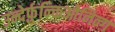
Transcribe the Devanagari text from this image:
उन्देर्फ़ुन्क्तिओनिन्ग